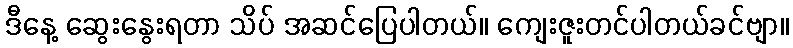
ဒီနေ့ ဆွေးနွေးရတာ သိပ် အဆင်ပြေပါတယ်။ ကျေးဇူးတင်ပါတယ်ခင်ဗျာ။